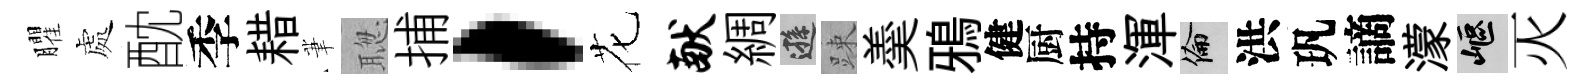
臞處酖季耤茟聦捕，花献綢遜踈羮鴉健厨持渾倫洪㺬謫濛嶇灭